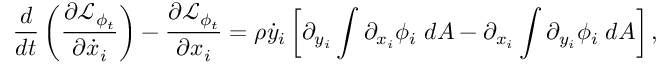
\frac { d } { d t } \left( \frac { \partial \mathcal { L } _ { \phi _ { t } } } { \partial \dot { x } _ { i } } \right) - \frac { \partial \mathcal { L } _ { \phi _ { t } } } { \partial x _ { i } } = \rho \dot { y } _ { i } \left[ \partial _ { y _ { i } } \int \partial _ { x _ { i } } \phi _ { i } \; d A - \partial _ { x _ { i } } \int \partial _ { y _ { i } } \phi _ { i } \; d A \right] ,